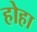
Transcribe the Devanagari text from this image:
होहा